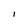
Character: I